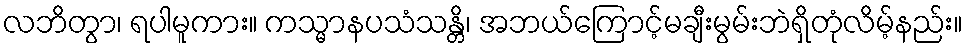
လဘိတွာ၊ ရပါမူကား။ ကသ္မာနပသံသန္တိ၊ အဘယ်ကြောင့်မချီးမွမ်းဘဲရှိတုံလိမ့်နည်း။